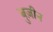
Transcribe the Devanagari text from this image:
बुज़ीन